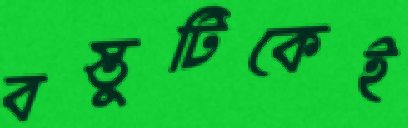
বস্তুটিকেই